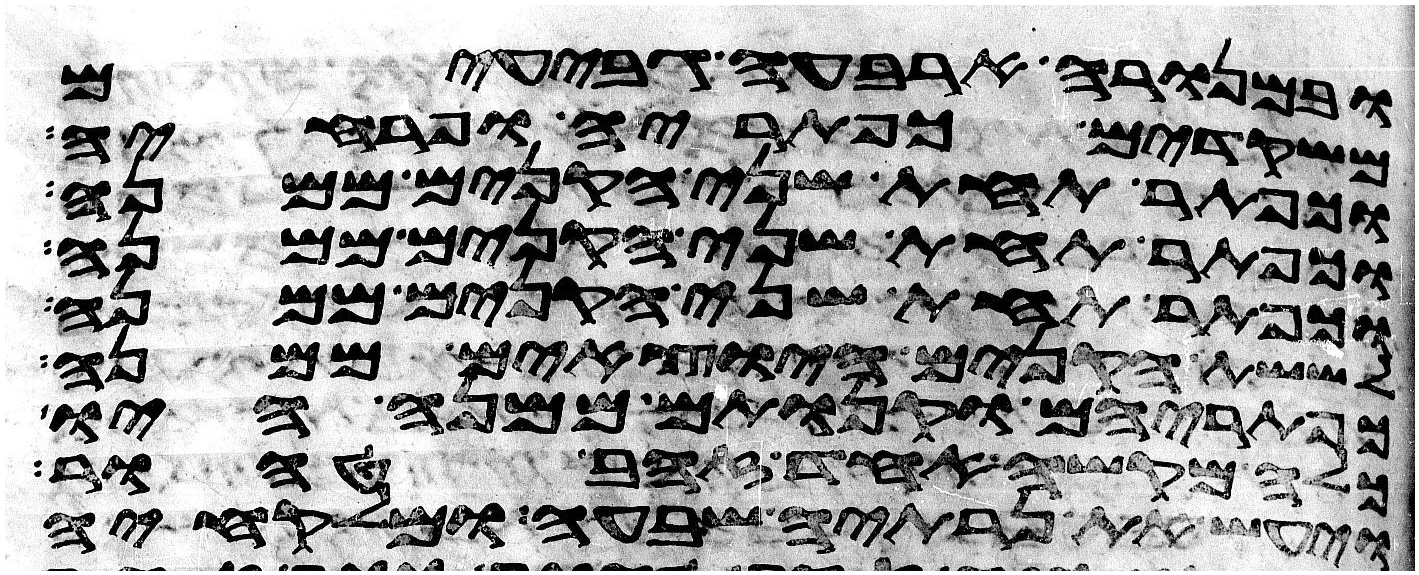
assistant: ובמנורה ארבעה גבעים
משקדים כפתריה ופרחיה
וכפתר תחת שני הקנים ממנה
וכפתר תחת שני הקנים ממנה
וכפתר תחת שני הקנים ממנה
לששת הקנים היצאים ממנה
כפתריהם וקנותם ממנה היו
כלה מקשה אחד זהב טהור
ויעש את נרתיה שבעה ומלקחיה